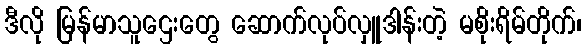
ဒီလို မြန်မာသူဌေးတွေ ဆောက်လုပ်လှူဒါန်းတဲ့ မစိုးရိမ်တိုက်၊